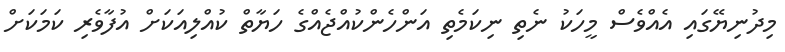
މިދުނިޔޭގައި އެއްވެސް މީހަކު ނެތި ނިކަމެތި އަންހެންކުއްޖެއްގެ ހަޔާތް ކުއްލިއަކަށް އުފާވެރި ކަމަކަށް